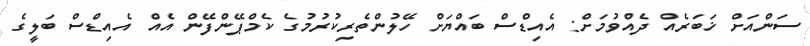
ސަންއަށް ޚަބަރެއް ދެއްވުމަށް: އެއިޑްސް ބައްޔަށް ހޭލުންތެރިކުރުމުގެ ކެމްޕޭންފޭން އެއް އެއިޑްސް ބަލީގެ